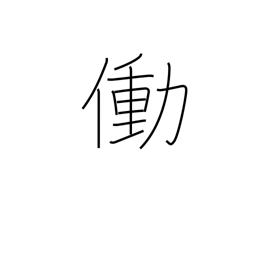
Meaning: work